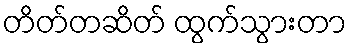
တိတ်တဆိတ် ထွက်သွားတာ